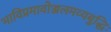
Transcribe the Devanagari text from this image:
भाविप्रमावोज्जलमव्यबुद्धिः